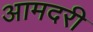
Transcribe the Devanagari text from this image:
आमदरी